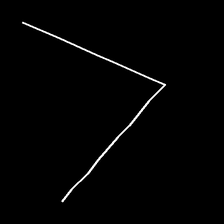
Glyph: region